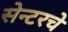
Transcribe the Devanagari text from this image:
सेन्टरचे